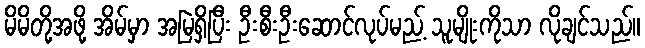
မိမိတို့အဖို့ အိမ်မှာ အမြဲရှိပြီး ဦးစီးဦးဆောင်လုပ်မည့် သူမျိုးကိုသာ လိုချင်သည်။